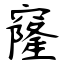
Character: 窿